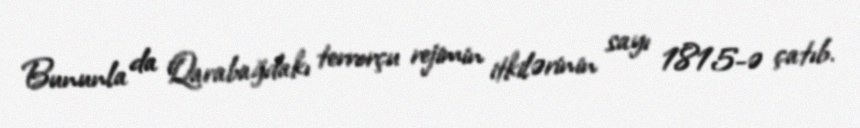
Bununla da Qarabağdakı terrorçu rejimin itkilərinin sayı 1815-ə çatıb.